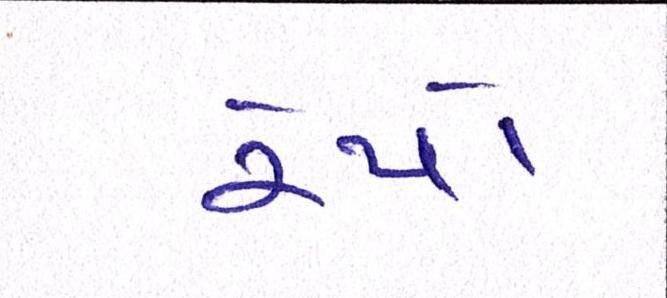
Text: રેપો